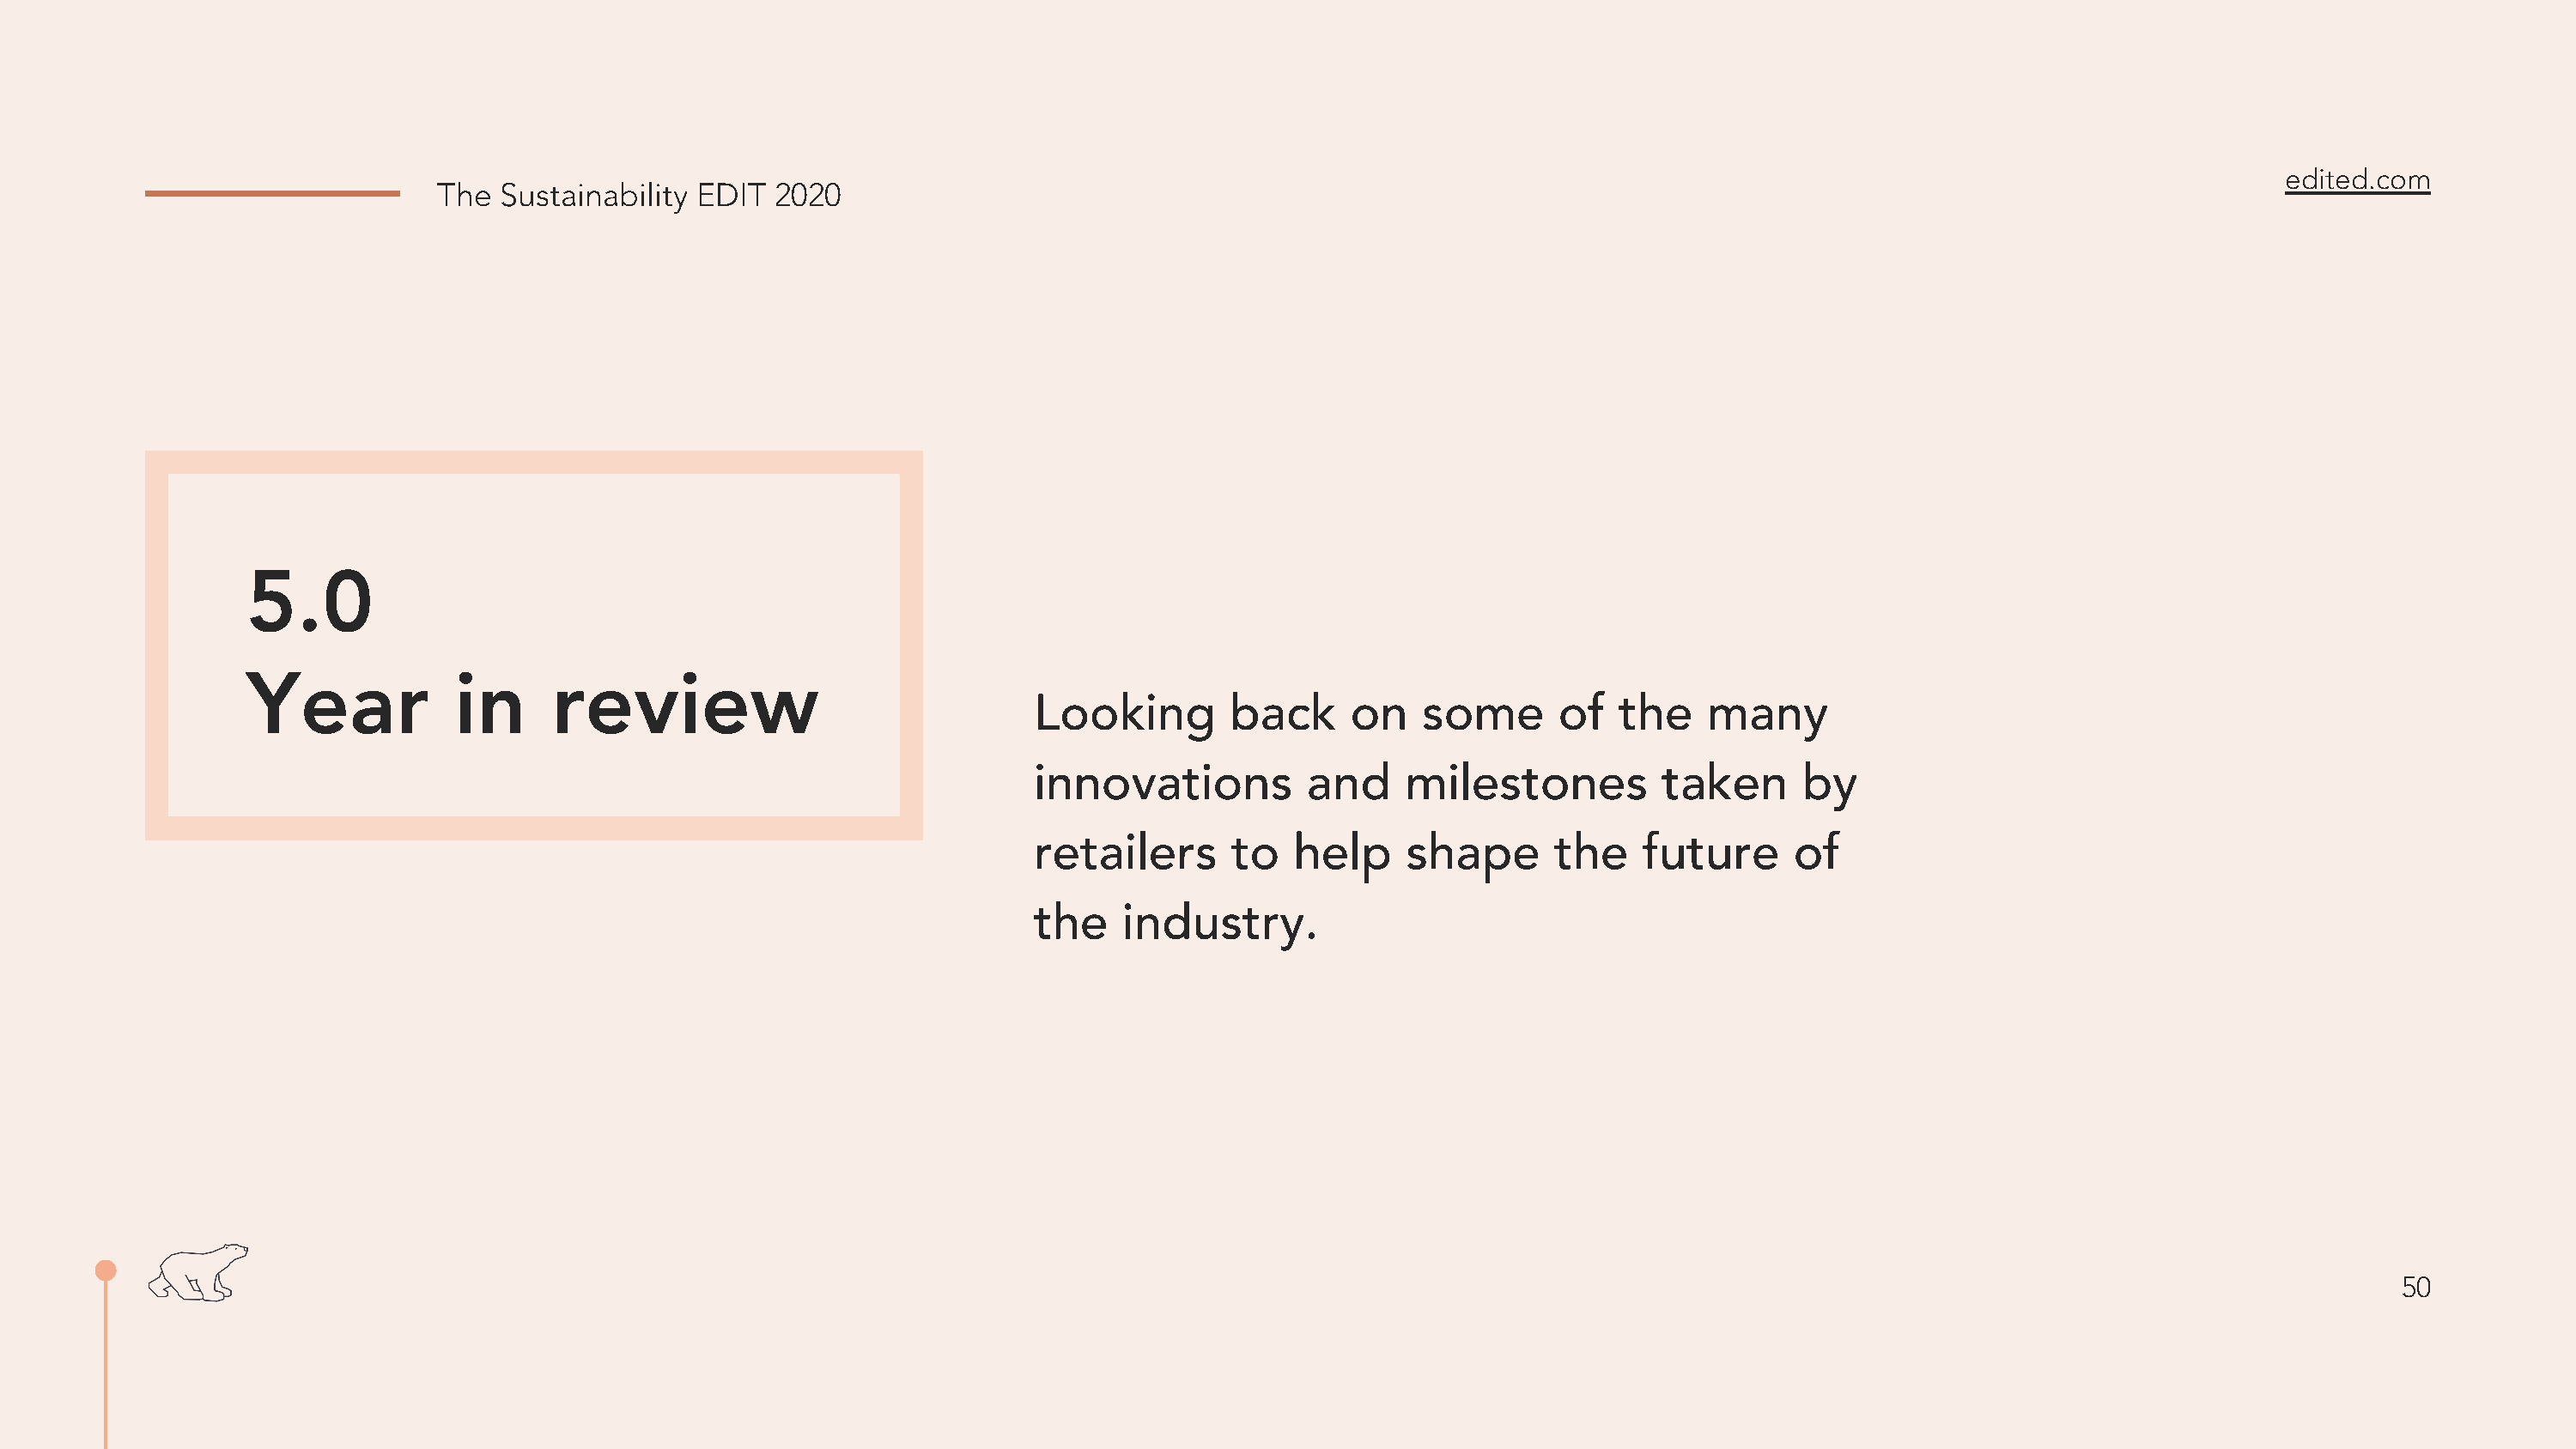
edited.com
 The  Sustainability EDIT  2020
 5.0
 Year            in      review
 Looking        back     on    some      of   the    many
 innovations          and    milestones          taken      by
 retailers      to   help    shape       the    future     of
 the    industry.
 50